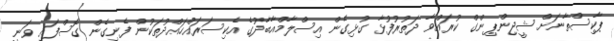
ޕާކިސްތާނަށް ޝީޖިންޕިންގް ކުރައްވާ ދަތުރުފުޅާ ގުޅިގެން އިސްލާމްއާބާދުގެ އެކިސަރައްހައްދުތަކުން ފެނިގެން ގޮސްފައި ވަނީ